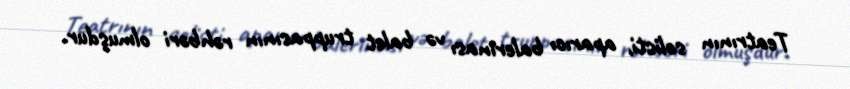
Teatrının solisti, aparıcı balerinası və balet truppasının rəhbəri olmuşdur.